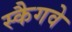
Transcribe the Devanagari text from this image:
स्कैगवे